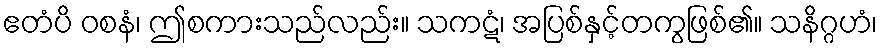
ဧတံပိ ဝစနံ၊ ဤစကားသည်လည်း။ သကဋံ၊ အပြစ်နှင့်တကွဖြစ်၏။ သနိဂ္ဂဟံ၊